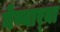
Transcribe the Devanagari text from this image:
नेण्यार्‍या